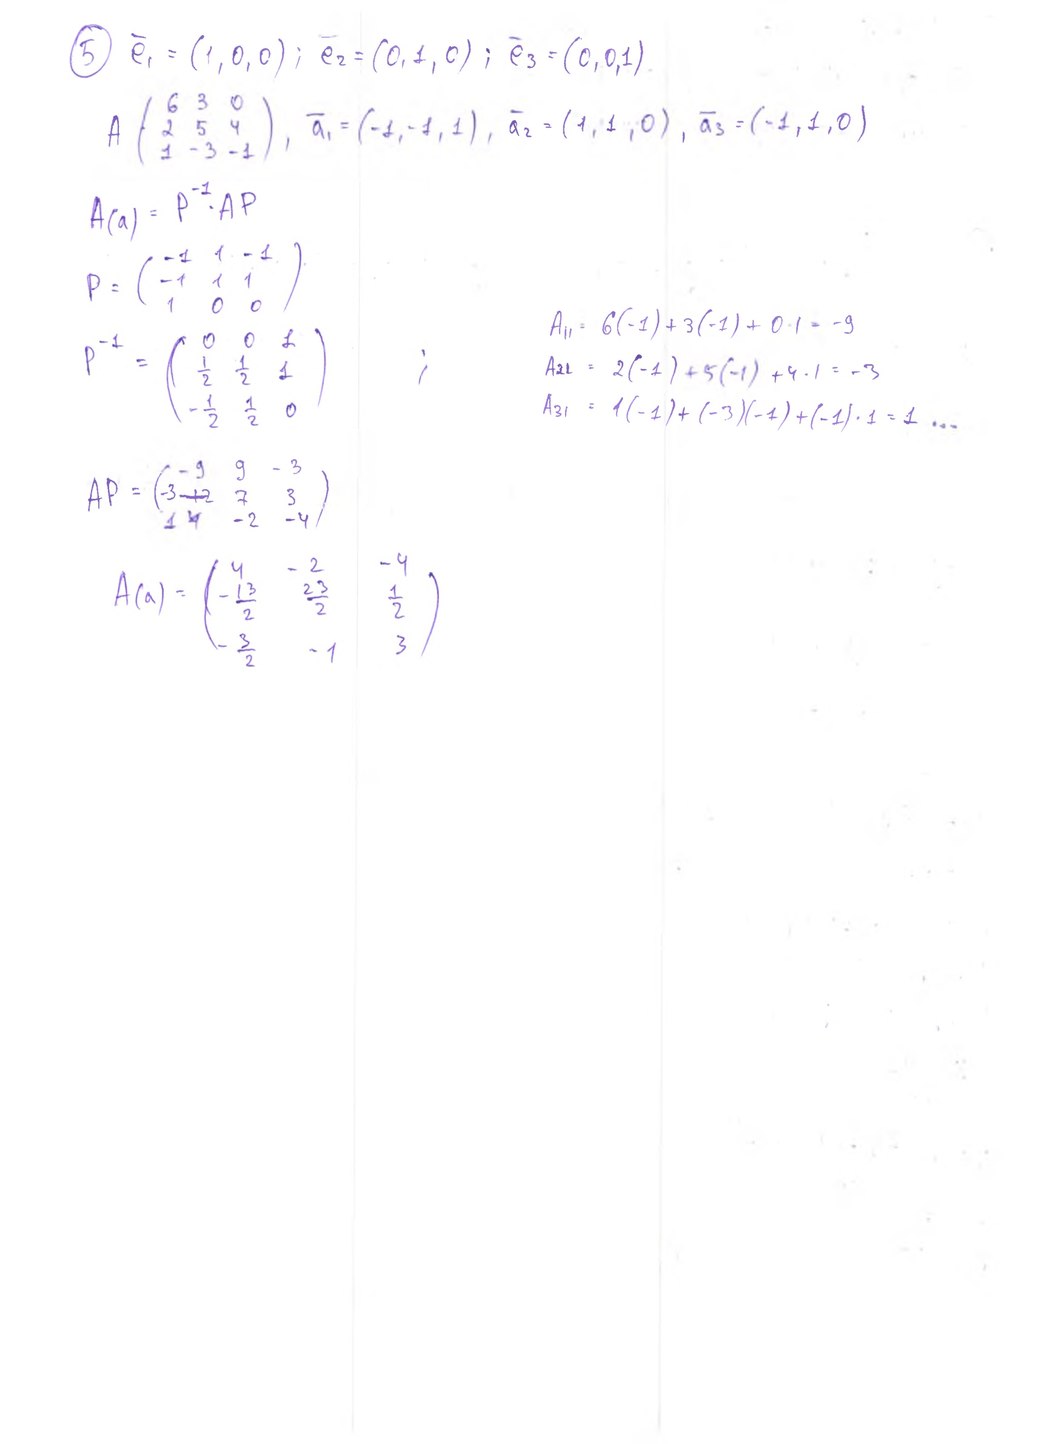
5 ē₁ = (1, 0, 0) ; ē₂ = (0, 1, 0) ; ē₃ = (0, 0, 1)
А ( 6 3 0/2 5 4/1-3-1), а1=(-1,-1, 1), а2=(1,1,0), а3=(-1,1,0)
A(a) = P^-1 AP
P = (-1 1 -1; -1 1 1; 1 0 0)
A_{11} = 6(-1) + 3(-1) + 0 \cdot 1 = -9
P^{-1} = (\begin{matrix} 0 & 0 & 1 \\ \frac{1}{2} & \frac{1}{2} & 1 \end{matrix}\-{1]{2}{1}{2}&0
і
A21 = 2(-1) + 5(-1) + 4 · 1 = -3
A21 = 1(-1) + (-3)(-1) + (-1)(1)...
AP = (-9 9 -3/ -3 ~~-12~~ 7 3/14-2-4)
A(a) = ( 4 -2 -4 / -13/2 23/2 1/2 / -3/2 -1 3 )